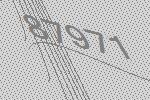
87971